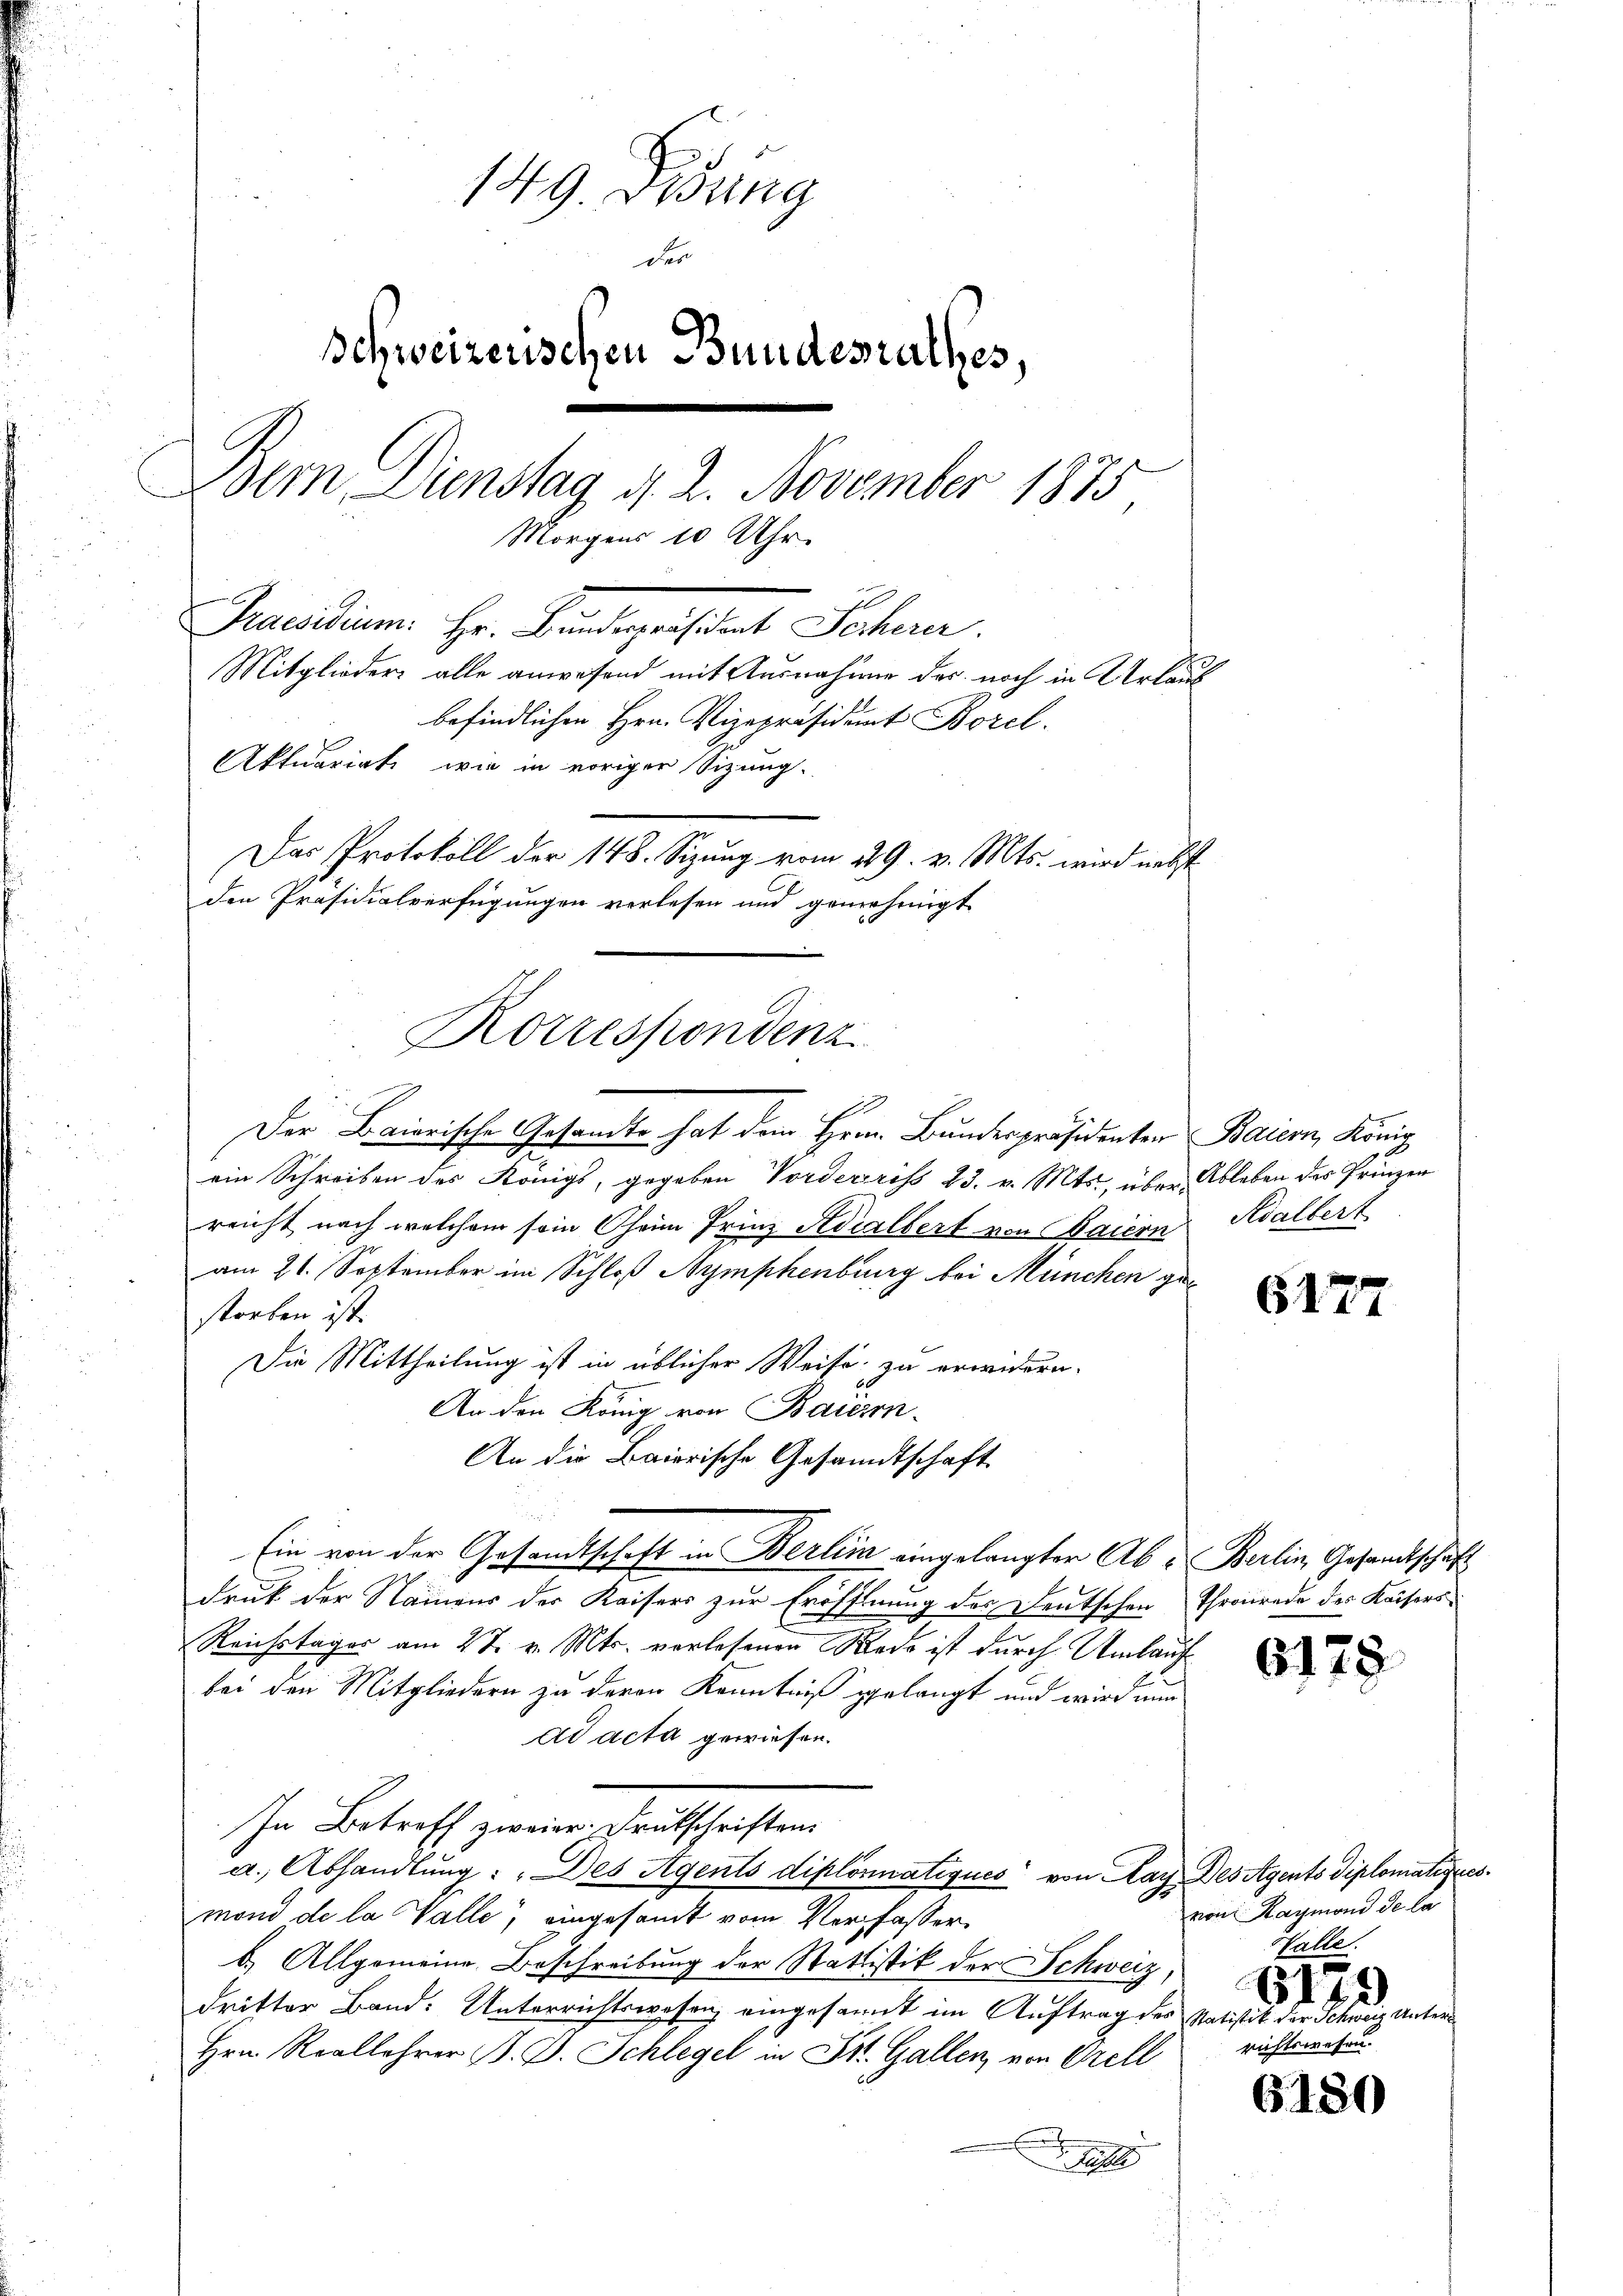
149 Didung
der
Schweizerischen Bundesrathes,
Dem Dienstag d. 2. November 1875
Morgens 10 Uhr
Praesidium Hr. Kindeprisont Schne
Mitglieder alle anwesend mit Ausnahme des noch in Urlaub
befindlichen Hrn. Vizepräsident Borel.
Aktuariati, wie in vorigen Sizung.
Das Protokoll der 148. Sizung vom 29. v. Mts. wird nebst
den Präsidialverfügungen verlesen und genehmigt

Korrespondenz

Der Baierische Gesandte hat dem Hrn. Bundespräsidenten Bauern, König
ein Schreiben des Königs, gegeben Vorderriss 23. v. Mts. über. Ableben des Prinzen
reicht nach welchem sein Oheim Friez Adialbert von Baiern Adalbert
am 21. September im Schloß Symphenburg bei München gestorben ist.
Die Mittheilung ist in üblicher Weise zu erwidern.
An den König von Baierin-
An die Baierische Gesandtschaft
druk der Namens der Kaisers zur Eröffnung des Deutschen Thronrade des Kaisers
Reichstages am 27. v. Mts. verlesenen Rede ist durch Umlauf
bei den Mitgliedern zu deren Kenntniß gelangt und wird nun
ad acta gewiesen.
In Betreff zweier Peetschaften
a. Abhandlung: „Des Agents diplomatiques von Mag. Des Agents diplomatiner
mond de la Valle, eingesandt vom Verfasser
b.) Allgemeine Beschreibung der Stattistik der Schweiz,
dritter Band. Unterrichtswesen eingesant im Auftrag des Natistik der Sch.
Hrn. Reallehrer B. G. Schlegel in St. Gallen, von Orell
t

Ein von der Gesandtschaft in Berlin eingelangter Ab- Berlin, Gesandtschaft

E
z
richtswes

617.

6175

von Raymond de la

3.

6180